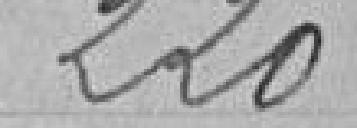
220